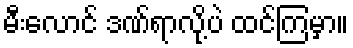
မီးလောင် ဒဏ်ရာလို့ပဲ ထင်ကြမှာ။